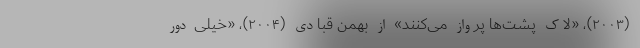
(۲۰۰۳)، «لاک پشت‌ها پرواز می‌کنند» از بهمن قبادی (۲۰۰۴)، «خیلی دور